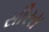
સીરસ